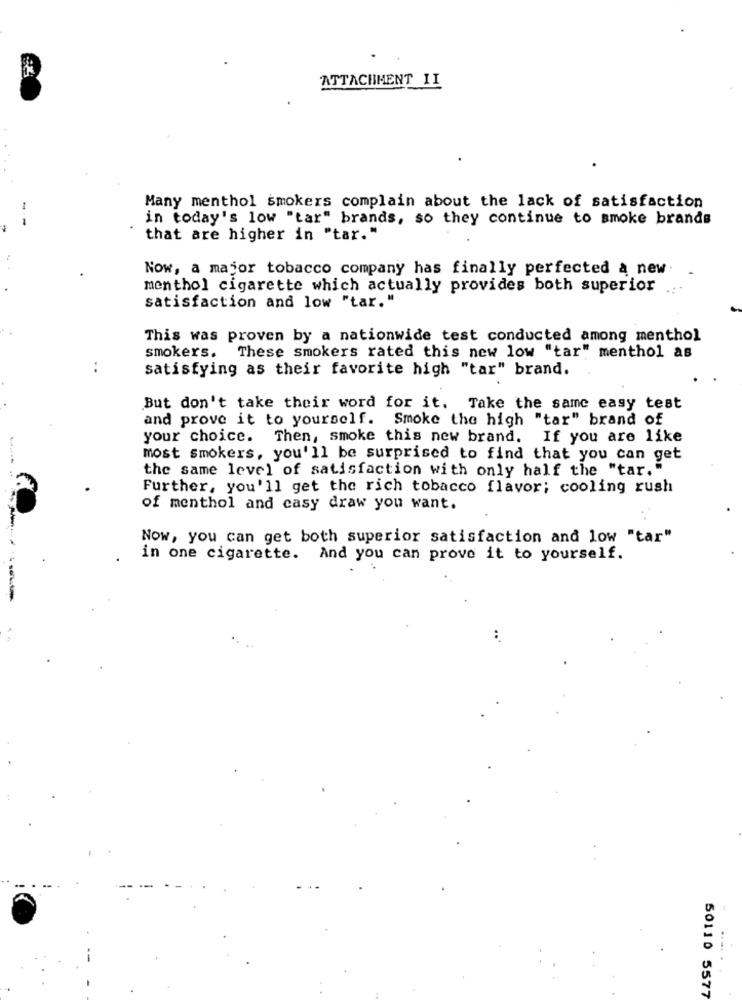
ATTACHMENT II
Many menthol smokers complain about the lack of satisfaction
in today's low "tar" brands, so they continue to smoke brands
that are higher in "tar."
Now, a major tobacco company has finally perfected a new
menthol cigarette which actually provides both superior
satisfaction and low "tar."
This was proven by a nationwide test conducted among menthol
smokers. These smokers rated this new low "tar" menthol as
satisfying as their favorite high "tar" brand.
But don't take their word for it. Take the same easy test
and prove it to yourself. Smoke the high "tar" brand of
your choice. Then, smoke this new brand. If you are like
most smokers, you'll be surprised to find that you can get
the same level of satisfaction with only half the "tar."
Further, you'll get the rich tobacco flavor; cooling rush
of menthol and casy draw you want.
Now, you can get both superior satisfaction and low "tar"
in one cigarette. And you can prove it to yourself.
...
.... .
50110 5577